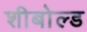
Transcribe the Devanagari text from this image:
शीबोल्ड